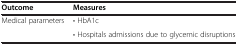
| Outcome | Measures |
 | --- | --- |
 | Medical parameters | • HbA1c |
 |  | • Hospitals admissions due to glycemic disruptions |